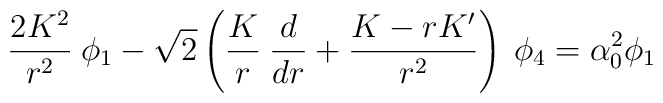
{2K^2 \over r^2}\:\phi_1 - \sqrt 2 \left({K \over r}\: {d \over dr} +{K - rK' \over r^2}\right)\: \phi_4 = \alpha^2_0 \phi_1